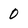
Character: 0